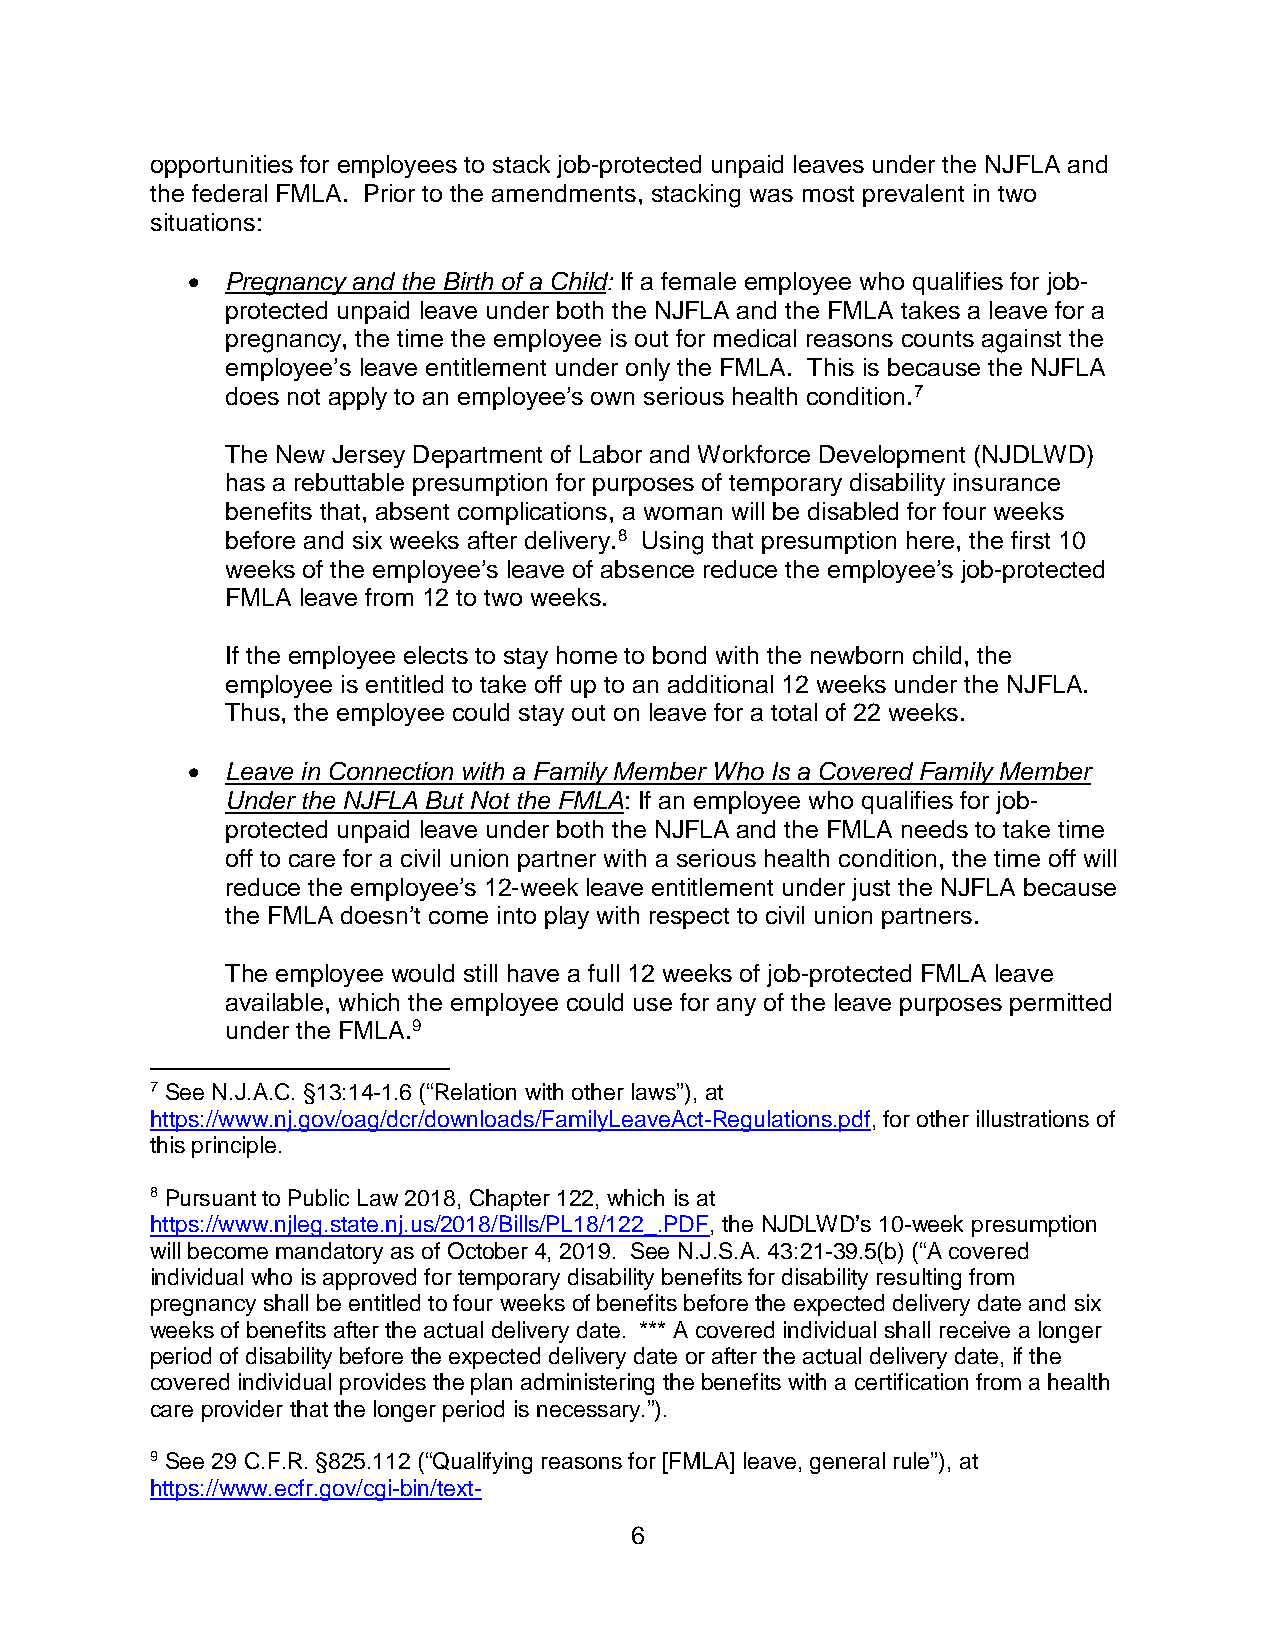
opportunities for employees to stack job-protected unpaid leaves under the NJFLA and
 the federal FMLA. Prior to the amendments, stacking was most prevalent in two
 situations:
 •  Pregnancy and the Birth of a Child: If a female employee who qualifies for job-
 protected unpaid leave under both the NJFLA and the FMLA takes a leave for a
 pregnancy, the time the employee is out for medical reasons counts against the
 employee’s leave entitlement under only the FMLA. This is because the NJFLA
 does not apply to an employee’s own serious health condition.7
 The New Jersey Department of Labor and Workforce Development (NJDLWD)
 has a rebuttable presumption for purposes of temporary disability insurance
 benefits that, absent complications, a woman will be disabled for four weeks
 before and six weeks after delivery.8 Using that presumption here, the first 10
 weeks of the employee’s leave of absence reduce the employee’s job-protected
 FMLA leave from 12 to two weeks.
 If the employee elects to stay home to bond with the newborn child, the
 employee is entitled to take off up to an additional 12 weeks under the NJFLA.
 Thus, the employee could stay out on leave for a total of 22 weeks.
 •  Leave in Connection with a Family Member Who Is a Covered Family Member
 Under the NJFLA But Not the FMLA: If an employee who qualifies for job-
 protected unpaid leave under both the NJFLA and the FMLA needs to take time
 off to care for a civil union partner with a serious health condition, the time off will
 reduce the employee’s 12-week leave entitlement under just the NJFLA because
 the FMLA doesn’t come into play with respect to civil union partners.
 The employee would still have a full 12 weeks of job-protected FMLA leave
 available, which the employee could use for any of the leave purposes permitted
 under the FMLA.9
 7 See N.J.A.C. §13:14-1.6 (“Relation with other laws”), at
 https://www.nj.gov/oag/dcr/downloads/FamilyLeaveAct-Regulations.pdf, for other illustrations of
 this principle.
 8 Pursuant to Public Law 2018, Chapter 122, which is at
 https://www.njleg.state.nj.us/2018/Bills/PL18/122_.PDF, the NJDLWD’s 10-week presumption
 will become mandatory as of October 4, 2019. See N.J.S.A. 43:21-39.5(b) (“A covered
 individual who is approved for temporary disability benefits for disability resulting from
 pregnancy shall be entitled to four weeks of benefits before the expected delivery date and six
 weeks of benefits after the actual delivery date. *** A covered individual shall receive a longer
 period of disability before the expected delivery date or after the actual delivery date, if the
 covered individual provides the plan administering the benefits with a certification from a health
 care provider that the longer period is necessary.”).
 9 See 29 C.F.R. §825.112 (“Qualifying reasons for [FMLA] leave, general rule”), at
 https://www.ecfr.gov/cgi-bin/text-
 6